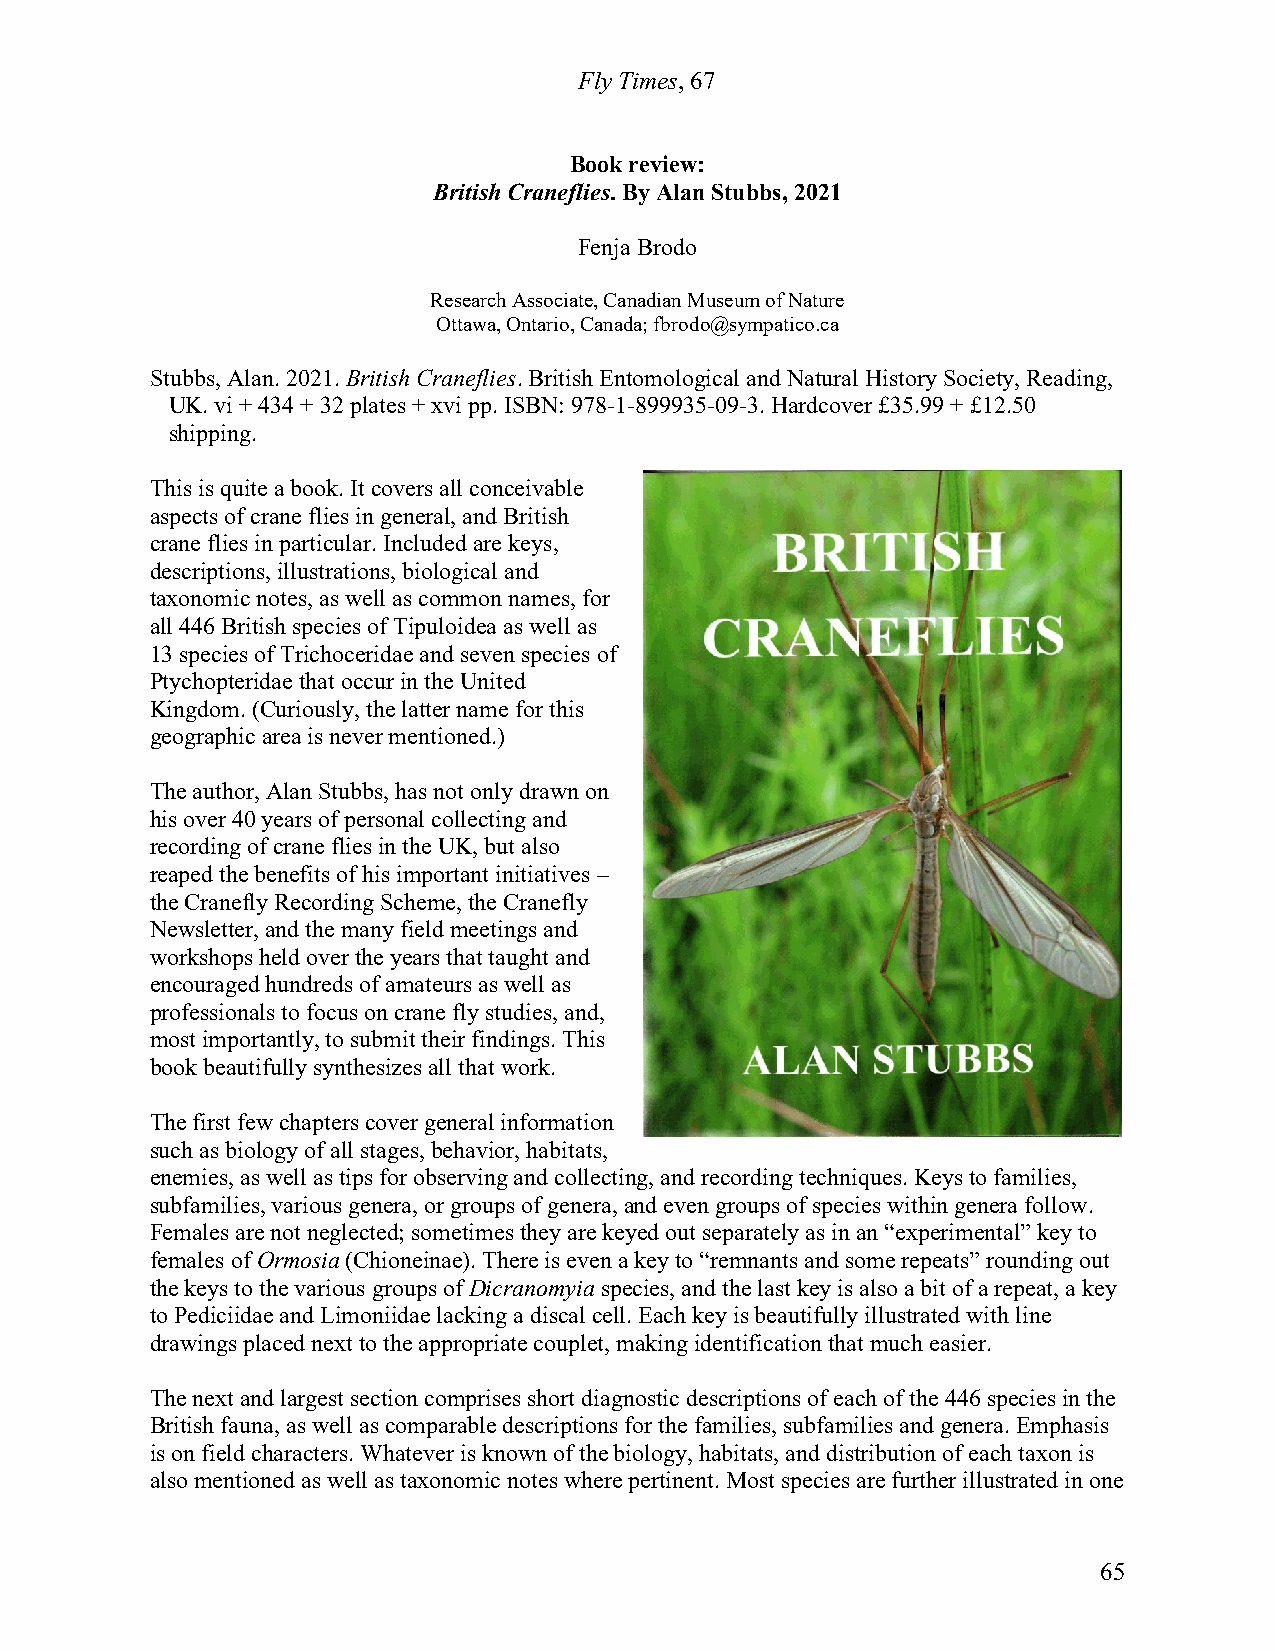
Fly Times, 67
 Book review:
 British Craneflies. By Alan Stubbs, 2021
 Fenja Brodo
 Research Associate, Canadian Museum of Nature
 Ottawa, Ontario, Canada; fbrodo@sympatico.ca
 Stubbs, Alan. 2021. British Craneflies. British Entomological and Natural History Society, Reading,
 UK. vi + 434 + 32 plates + xvi pp. ISBN: 978-1-899935-09-3. Hardcover £35.99 + £12.50
 shipping.
 This is quite a book. It covers all conceivable
 aspects of crane flies in general, and British
 crane flies in particular. Included are keys,
 descriptions, illustrations, biological and
 taxonomic notes, as well as common names, for
 all 446 British species of Tipuloidea as well as
 13 species of Trichoceridae and seven species of
 Ptychopteridae that occur in the United
 Kingdom. (Curiously, the latter name for this
 geographic area is never mentioned.)
 The author, Alan Stubbs, has not only drawn on
 his over 40 years of personal collecting and
 recording of crane flies in the UK, but also
 reaped the benefits of his important initiatives –
 the Cranefly Recording Scheme, the Cranefly
 Newsletter, and the many field meetings and
 workshops held over the years that taught and
 encouraged hundreds of amateurs as well as
 professionals to focus on crane fly studies, and,
 most importantly, to submit their findings. This
 book beautifully synthesizes all that work.
 The first few chapters cover general information
 such as biology of all stages, behavior, habitats,
 enemies, as well as tips for observing and collecting, and recording techniques. Keys to families,
 subfamilies, various genera, or groups of genera, and even groups of species within genera follow.
 Females are not neglected; sometimes they are keyed out separately as in an “experimental” key to
 females of Ormosia (Chioneinae). There is even a key to “remnants and some repeats” rounding out
 the keys to the various groups of Dicranomyia species, and the last key is also a bit of a repeat, a key
 to Pediciidae and Limoniidae lacking a discal cell. Each key is beautifully illustrated with line
 drawings placed next to the appropriate couplet, making identification that much easier.
 The next and largest section comprises short diagnostic descriptions of each of the 446 species in the
 British fauna, as well as comparable descriptions for the families, subfamilies and genera. Emphasis
 is on field characters. Whatever is known of the biology, habitats, and distribution of each taxon is
 also mentioned as well as taxonomic notes where pertinent. Most species are further illustrated in one
 65